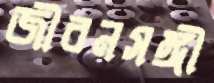
জীবনসঙ্গী